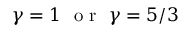
\gamma = 1 \ \mathrm { ~ o ~ r ~ } \ \gamma = 5 / 3